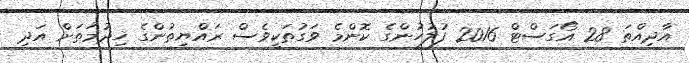
އާދިއްތަ 28 އޯގަސްޓް 2016 ފުލުހުންގެ ކޮންމެ ވަގުތަކީވެސް ރައްޔިތުންގެ ޚިދުމަތަށް އަދި